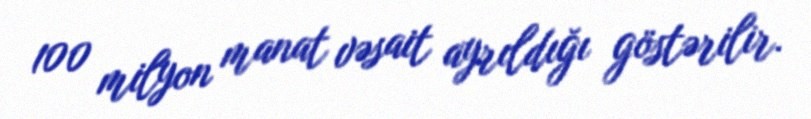
100 milyon manat vəsait ayrıldığı göstərilir.